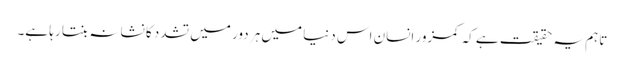
تاہم یہ حقیقت ہے کہ کمزور انسان اس دنیا میں ہر دور میں تشدد کا نشانہ بنتا رہا ہے۔